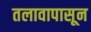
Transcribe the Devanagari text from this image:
तलावापासून